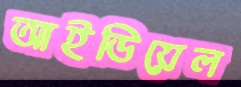
আইডিয়েল